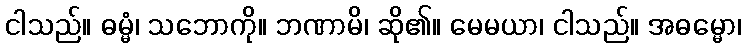
ငါသည်။ ဓမ္မံ၊ သဘောကို။ ဘဏာမိ၊ ဆို၏။ မေမယာ၊ ငါသည်။ အဓမ္မော၊